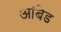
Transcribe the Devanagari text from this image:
आंबेड